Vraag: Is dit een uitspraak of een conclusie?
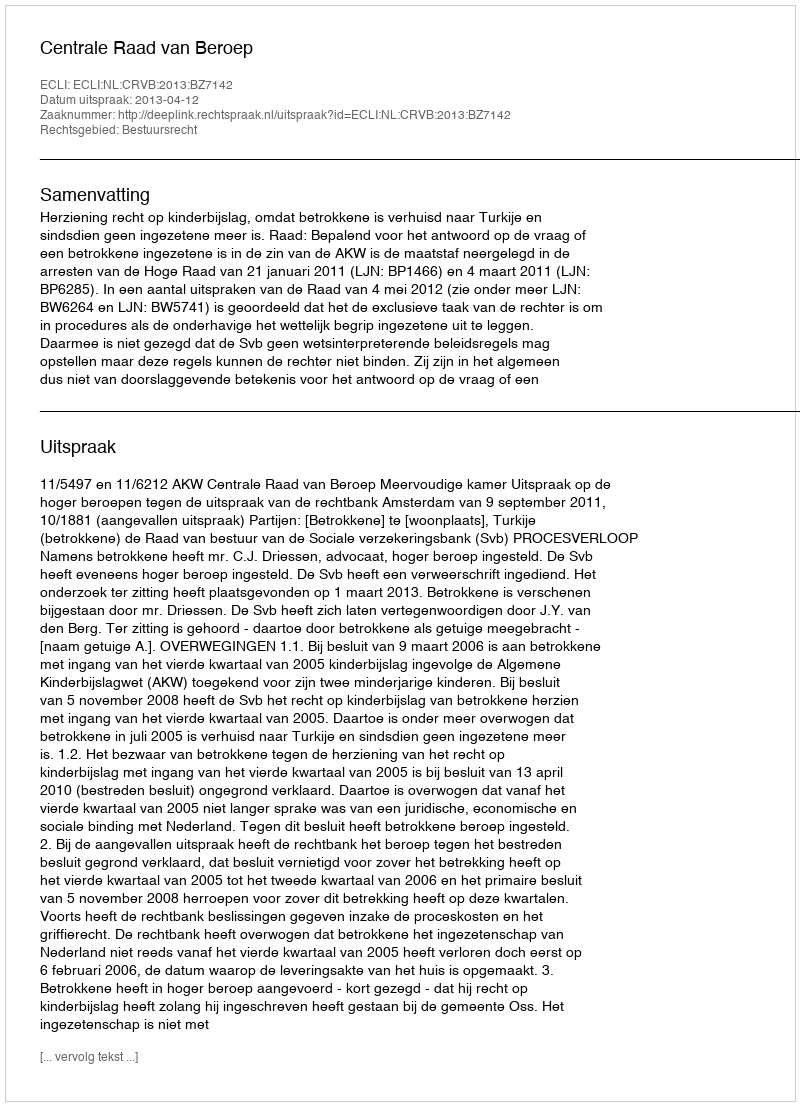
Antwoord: Uitspraak